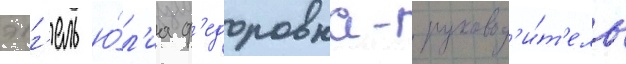
энг'ель ю́л'иа ф'едоровна- руковод'и́т'ель